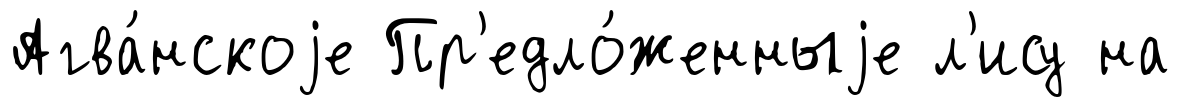
Агва́нскоjе Пр'едло́женныjе л'ису на